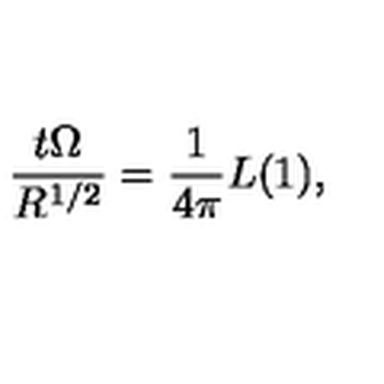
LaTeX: { \frac { t \Omega } { R ^ { 1 / 2 } } } = { \frac { 1 } { 4 \pi } } L ( 1 ) ,